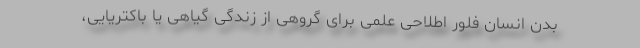
بدن انسان فلور اطلاحی علمی برای گروهی از زندگی گیاهی یا باکتریایی،